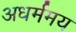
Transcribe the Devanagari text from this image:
अधर्ममय